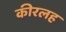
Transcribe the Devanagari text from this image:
कीरलह